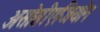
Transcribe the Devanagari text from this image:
असोसीएजियोन